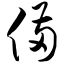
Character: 俩